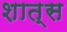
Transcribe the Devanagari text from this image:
शात्स